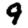
Digit: 9